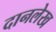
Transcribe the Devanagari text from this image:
दानलेख